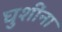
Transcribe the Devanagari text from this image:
घुशींना